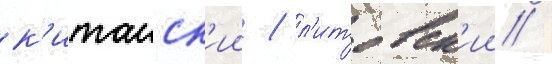
к'итаиск'ии / л'итовск'ии /